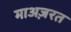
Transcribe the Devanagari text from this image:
माअज़रत